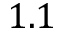
1 . 1